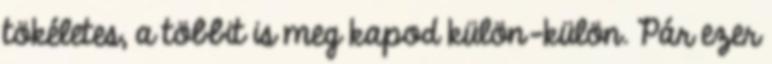
tökéletes, a többit is meg kapod külön-külön. Pár ezer